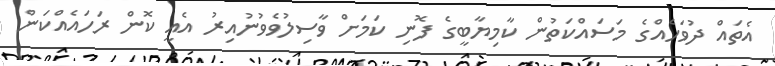
އެތައް ދުވަހެއްގެ މަސައްކަތުން ކާމިޔާބީގެ ފޮނި ކަމަށް ވާސިލުވެވުނުއިރު އެއީ ކޮން ރަހައެއްކަން